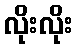
လိုးလိုး